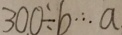
3 0 0 \div b \cdots a .